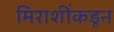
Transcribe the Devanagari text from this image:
मिराशींकडून